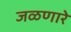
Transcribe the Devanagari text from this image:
जळणारे